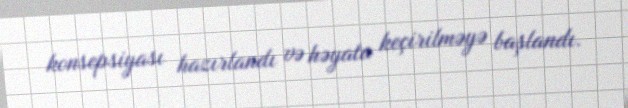
konsepsiyası hazırlandı və həyata keçirilməyə başlandı.